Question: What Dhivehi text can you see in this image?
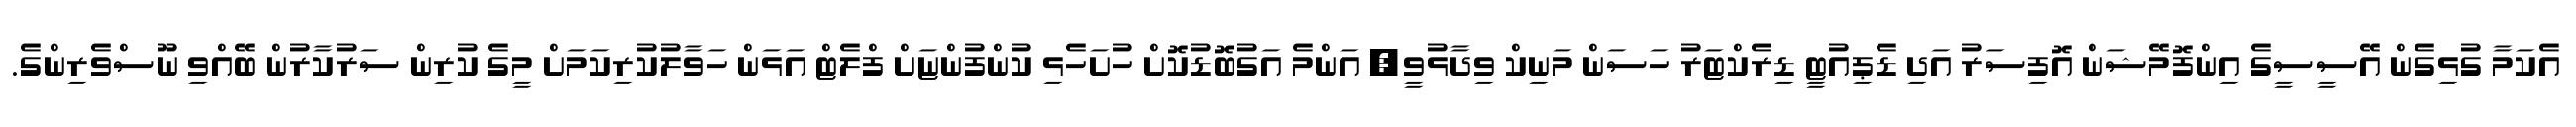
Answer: އެކަމާ ގުޅިގެން އޭސީސީގެ އިންފޮމޭޝަން އޮފިސަރު އަދި ޑެޕިއުޓީ ޑިރެކްޓަރު ހަސަން މަނިކް ވިދާޅުވީ, އަންމެ އަގުބޮޑުކޮށް ހުށަހެޅި ކުންފުންޏަށް ފްލެޓް އަޅަން ހަވާލުކުރިކަމަށް މީގެ ކުރިން ސަރުކާރުން ބޭއްވި ނޫސްވެރިންގެ.